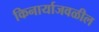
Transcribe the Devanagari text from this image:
किनार्याजवळील